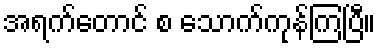
အရက်တောင် စ သောက်ကုန်ကြပြီ။